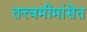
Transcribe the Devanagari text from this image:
तत्त्वमीमांसेत